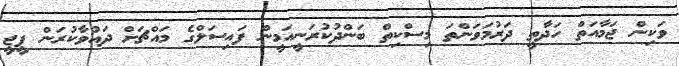
ވަކިން ޖަމާއަތް ހަދާތީ ދަރުމަވަންތަ މިސްކިތް ބަންދުކުރަނީއަމީން ފައިސަލްގެ މައްޗަށް ދައުވާކުރަން ޕީޖީ